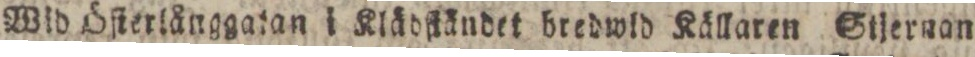
Wid Öſterlånggatan i Klädſtändet bredwid Källaren Stjernan